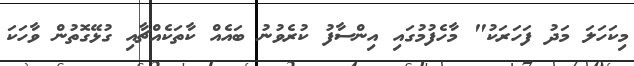
މިކަހަލަ މަދު ފަހަރަކު" މާހެފުމުގައި އިންސާފު ކުރެވުނު ބައެއް ކާތަކެއްޗާއި ގުޅޭގޮތުން ވާހަކަ